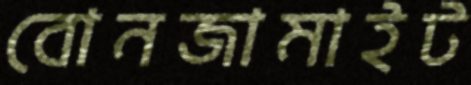
বোনজামাইট